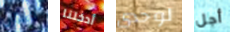
كابون أدخلنا لوحدى أجل